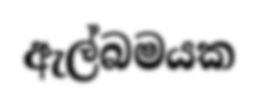
ඇල්බමයක